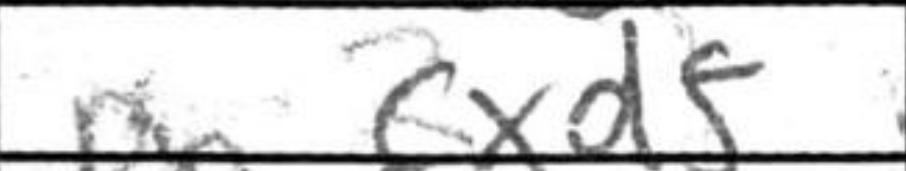
Transcription: cxd5